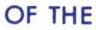
OF THE